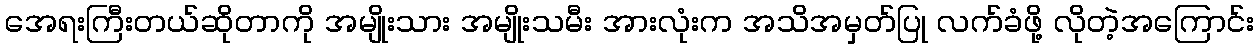
အေရးကြီးတယ်ဆိုတာကို အမျိုးသား အမျိုးသမီး အားလုံးက အသိအမှတ်ပြု လက်ခံဖို့ လိုတဲ့အကြောင်း